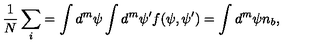
{ \frac { 1 } { N } } \sum _ { i } = \int d ^ { m } \psi \int d ^ { m } \psi ^ { \prime } f ( \psi , \psi ^ { \prime } ) = \int d ^ { m } \psi n _ { b } ,